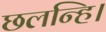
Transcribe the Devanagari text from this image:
छलन्हि।